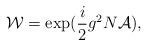
LaTeX: \begin{align*}{\cal W}= \exp (\frac{i}{2}g^2 N {\cal A}),\end{align*}